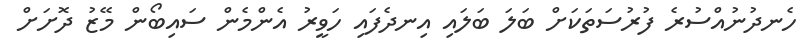
ހެނދުނުއްސުރެ ފުރުސަތަކަށް ބަލަ ބަލައި އިނދެފައި ހަވީރު އެންމެން ސައިބޯން މޭޒު ދޮށަށް